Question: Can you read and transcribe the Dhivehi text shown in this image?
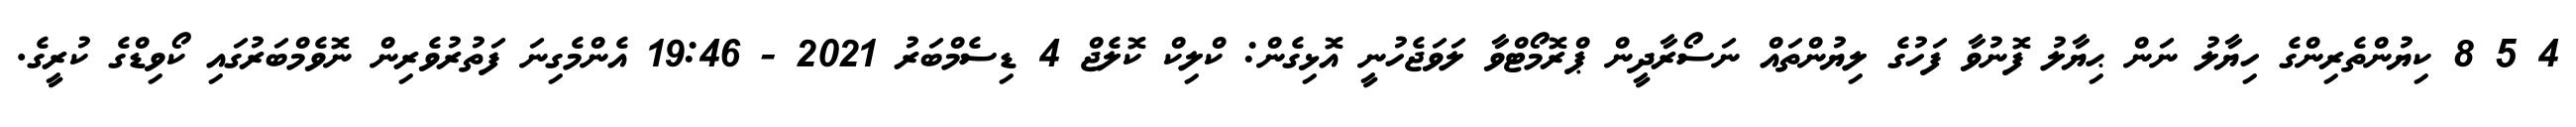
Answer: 4 5 8 ކިޔުންތެރިންގެ ހިޔާލު ނަން ޙިޔާލު ފޮނުވާ ފަހުގެ ލިޔުންތައް ނަސޯރާދީން ޕްރޮމޯޓްވާ ލަވަޖެހުނީ އޮޅިގެން: ކްލިކް ކޮލެޖް 4 ޑިސެމްބަރު 2021 - 19:46 އެންމެގިނަ ފަތުރުވެރިން ނޮވެމްބަރުގައި ކޯވިޑްގެ ކުރީގެ.